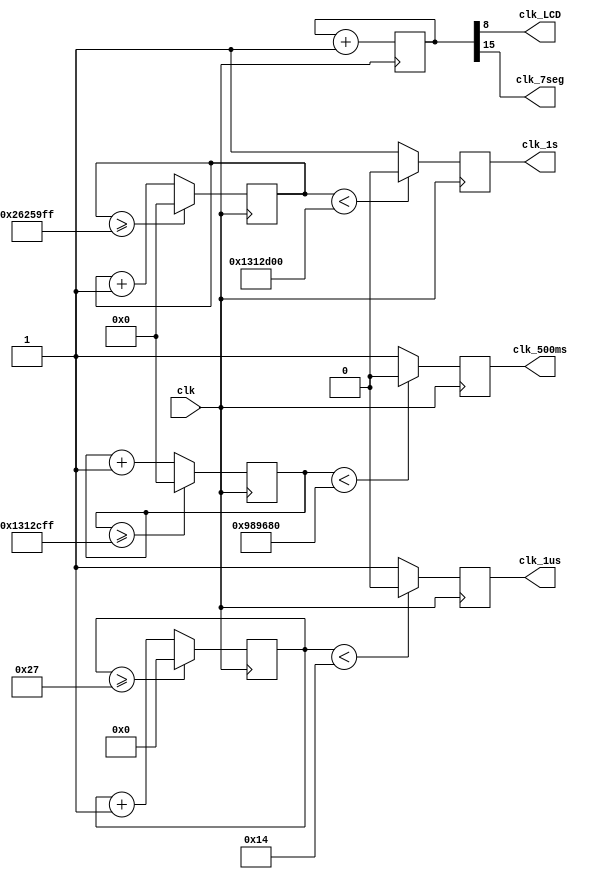
`timescale 1ns / 1ps
module CLK_DIV(clk_LCD, clk_7seg, clk_1s, clk_500ms, clk_1us, clk);

	input clk;
	output clk_LCD, clk_7seg, clk_1s, clk_500ms, clk_1us;
	
	wire clk_LCD, clk_7seg;
	reg clk_1s, clk_500ms, clk_1us;
	wire next_clk_1s, next_clk_500ms, next_clk_1us;
	
	reg  [15:0] num;
	wire [15:0] next_num;
	reg [5:0] num1us, next_num1us;
	reg [25:0] num500ms, next_num500ms;
	reg [25:0] num1s, next_num1s;
	
	always @( posedge clk) begin
		num <= next_num;

		num1us <= next_num1us;
		num500ms <= next_num500ms;
		num1s <= next_num1s;
		
		clk_1s <= next_clk_1s;
		clk_500ms <= next_clk_500ms;
		clk_1us <= next_clk_1us;
	end
	
	always @( * )begin
		//40/40Mhz=1us
		if(num1us>=6'd39)
			next_num1us = 6'd0;
		else
			next_num1us = num1us + 6'd1;

		//20M/40Mhz=500ms
		if(num500ms>=26'd19999999)
			next_num500ms = 26'd0;
		else
			next_num500ms = num500ms + 26'd1;

		//40M/40Mhz=1s
		if(num1s>=26'd39999999)
			next_num1s = 26'd0;
		else
			next_num1s = num1s + 26'd1;
	end
	assign next_num = num + 16'd1;
		
	assign clk_LCD 	= num[8];
	assign clk_7seg = num[15];		
	assign next_clk_1s = (num1s<26'd20000000) ? 1'd0 : 1'd1;
	assign next_clk_500ms = (num500ms<26'd10000000) ? 1'd0 : 1'd1;
	assign next_clk_1us = (num1us<6'd20) ? 1'd0 : 1'd1;
endmodule